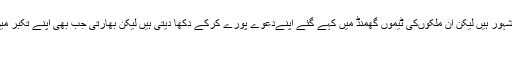
انگلینڈ او ر آسٹریلیا بھی اپنے غرور ،تعصب ، نسل اور قوم پرستی کی وجہ سے مشہور ہیں لیکن ان ملکوںکی ٹیموں گھمنڈ میں کہے گئے اپنےدعوے پورے کرکے دکھا دیتی ہیں لیکن بھارتی جب بھی اپنے تکبر میں فرعون بن جاتے ہیں قدرت ان کی ٹیم کو منہ کے بل گرا کر پوری دنیا کو ان پر
ہنسنے کا موقع دے دیتی ہے۔